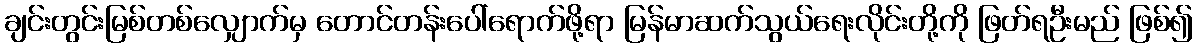
ချင်းတွင်းမြစ်တစ်လျှောက်မှ တောင်တန်းပေါ်ရောက်ဖို့ရာ မြန်မာဆက်သွယ်ရေးလိုင်းတို့ကို ဖြတ်ရဦးမည် ဖြစ်၍